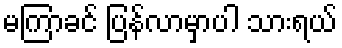
မကြာခင် ပြန်လာမှာပါ သားရယ်